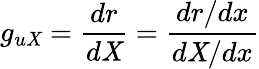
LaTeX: g_{u\mathit{X}}=\frac{{dr}}{{d\mathit{X}}}=\frac{{dr/dx}}{{d\mathit{X}/dx}}